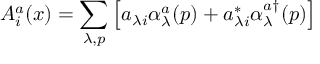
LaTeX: A _ { i } ^ { a } ( x ) = \sum _ { \lambda , p } \left[ a _ { \lambda i } \alpha _ { \lambda } ^ { a } ( p ) + a _ { \lambda i } ^ { * } \alpha _ { \lambda } ^ { a \dagger } ( p ) \right]